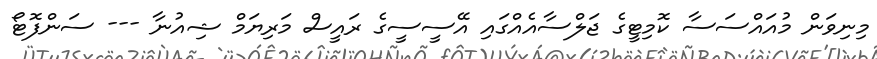
މިނިވަން މުއައްސަސާ ކޮމިޓީގެ ޖަލްސާއެއްގައި އޭސީސީގެ ރައީސް މަރިޔަމް ޝިއުނާ --- ސަންފޮޓޯ